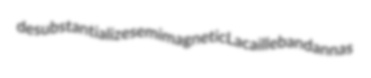
desubstantialize semimagnetic Lacaille bandannas